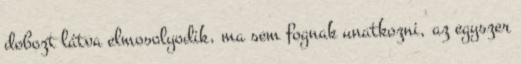
dobozt látva elmosolyodik, ma sem fognak unatkozni, az egyszer